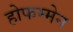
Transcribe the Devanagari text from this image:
होफम्मेन